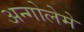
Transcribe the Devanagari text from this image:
अन्गोलेमे